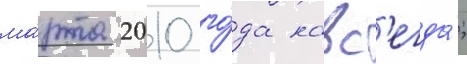
ма́рта 2010 го́да навс'егда́;